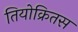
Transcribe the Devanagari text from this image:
तियोक्रितस